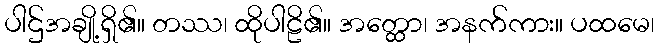
ပါဌ်အချို့ရှိ၏။ တဿ၊ ထိုပါဠိ၏။ အတ္ထော၊ အနက်ကား။ ပထမေ၊